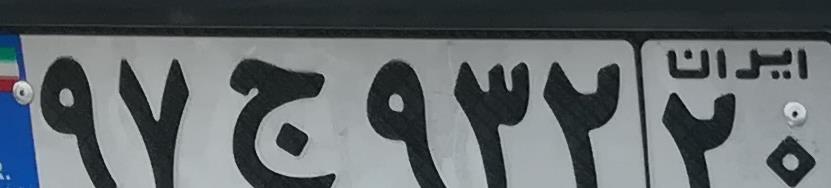
۹۷ج۹۳۲۲۰